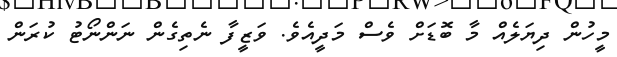
މީހުން ދިޔަލެއް މާ ބޮޑަށް ވެސް މަދީއެވެ. ވަޒީފާ ނެތިގެން ނަންނޯޓު ކުރަން